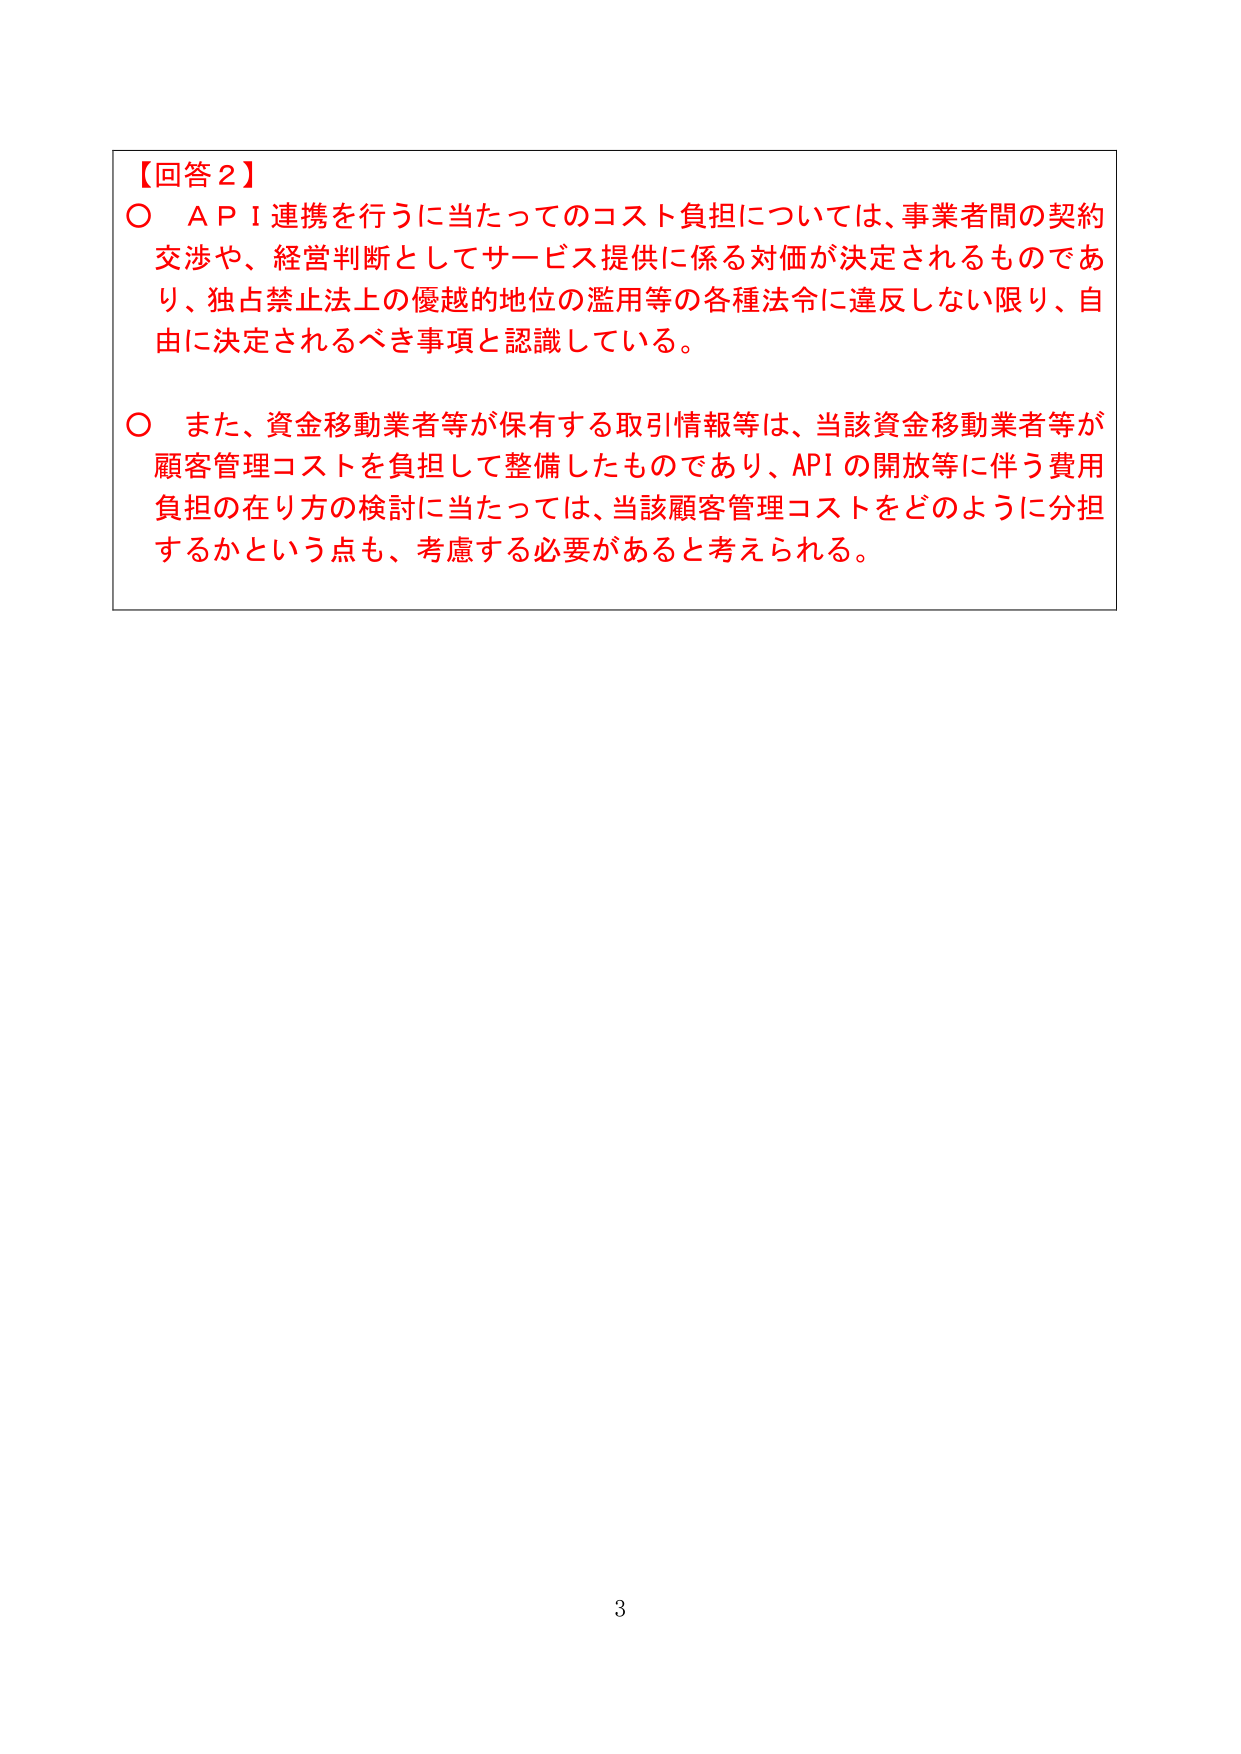
【回答２】
○ ＡＰＩ連携を行うに当たってのコスト負担については、事業者間の契約交渉や、経営判断としてサービス提供に係る対価が決定されるものであり、独占禁止法上の優越的地位の濫用等の各種法令に違反しない限り、自由に決定されるべき事項と認識している。
○ また、資金移動業者等が保有する取引情報等は、当該資金移動業者等が顧客管理コストを負担して整備したものであり、APIの開放等に伴う費用負担の在り方の検討に当たっては、当該顧客管理コストをどのように分担するかという点も、考慮する必要があると考えられる。
3